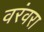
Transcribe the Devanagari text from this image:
वरंवरा